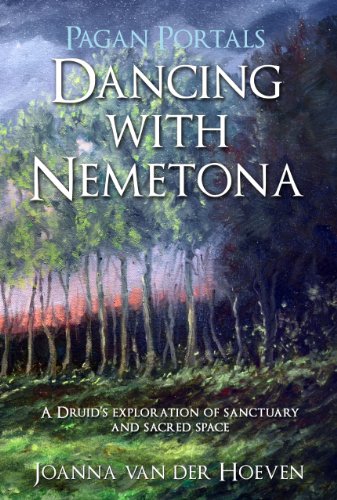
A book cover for Pagan Portals - Dancing with Nemetona: A Druid's exploration of sanctuary and sacred space; Joanna van der Hoeven; Religion & Spirituality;